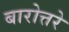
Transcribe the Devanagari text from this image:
बारोत्तरे